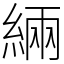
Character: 緉